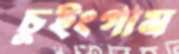
চুইংগাম